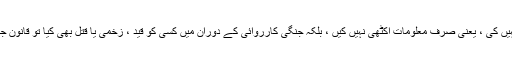
مزید برآں، اگر سفیر کے روپ میں آنے والے جاسوس نے صرف جاسوسی نہیں کی ، یعنی صرف معلومات اکٹھی نہیں کیں ، بلکہ جنگی کارروائی کے دوران میں کسی کو قید ، زخمی یا قتل بھی کیا تو قانونِ جنگ کی رو سے یہ ”غدر“ یعنی perfidy کہلاتا ہے جو ایک سنگین جرم ہے۔